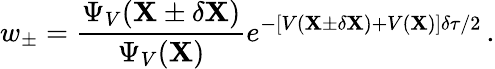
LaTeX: w_{\pm}=\frac{\Psi_{V}(\mathbf{X}\pm\delta\mathbf{X})}{\Psi_{V}(\mathbf{X})}e^{-[V(\mathbf{X}\pm\delta\mathbf{X})+V(\mathbf{X})]\delta\tau/2}\, .